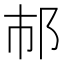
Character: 𨙶